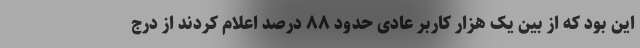
این بود که از بین یک هزار کاربر عادی حدود ۸۸ درصد اعلام کردند از درج